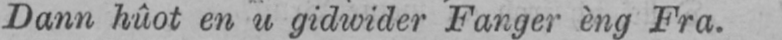
Dann hûot en u gidwider Fanger èng Fra.